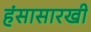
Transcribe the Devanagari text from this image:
हंसासारखी